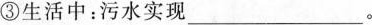
③生活中：污水实现___。